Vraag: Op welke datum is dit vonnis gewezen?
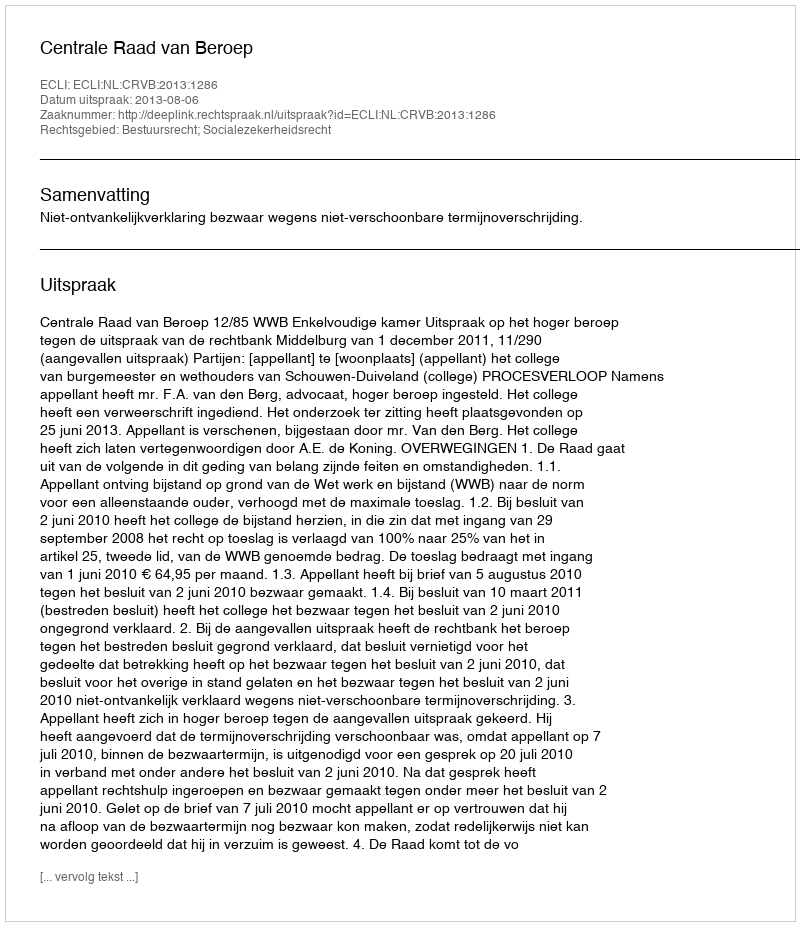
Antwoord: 2013-08-06